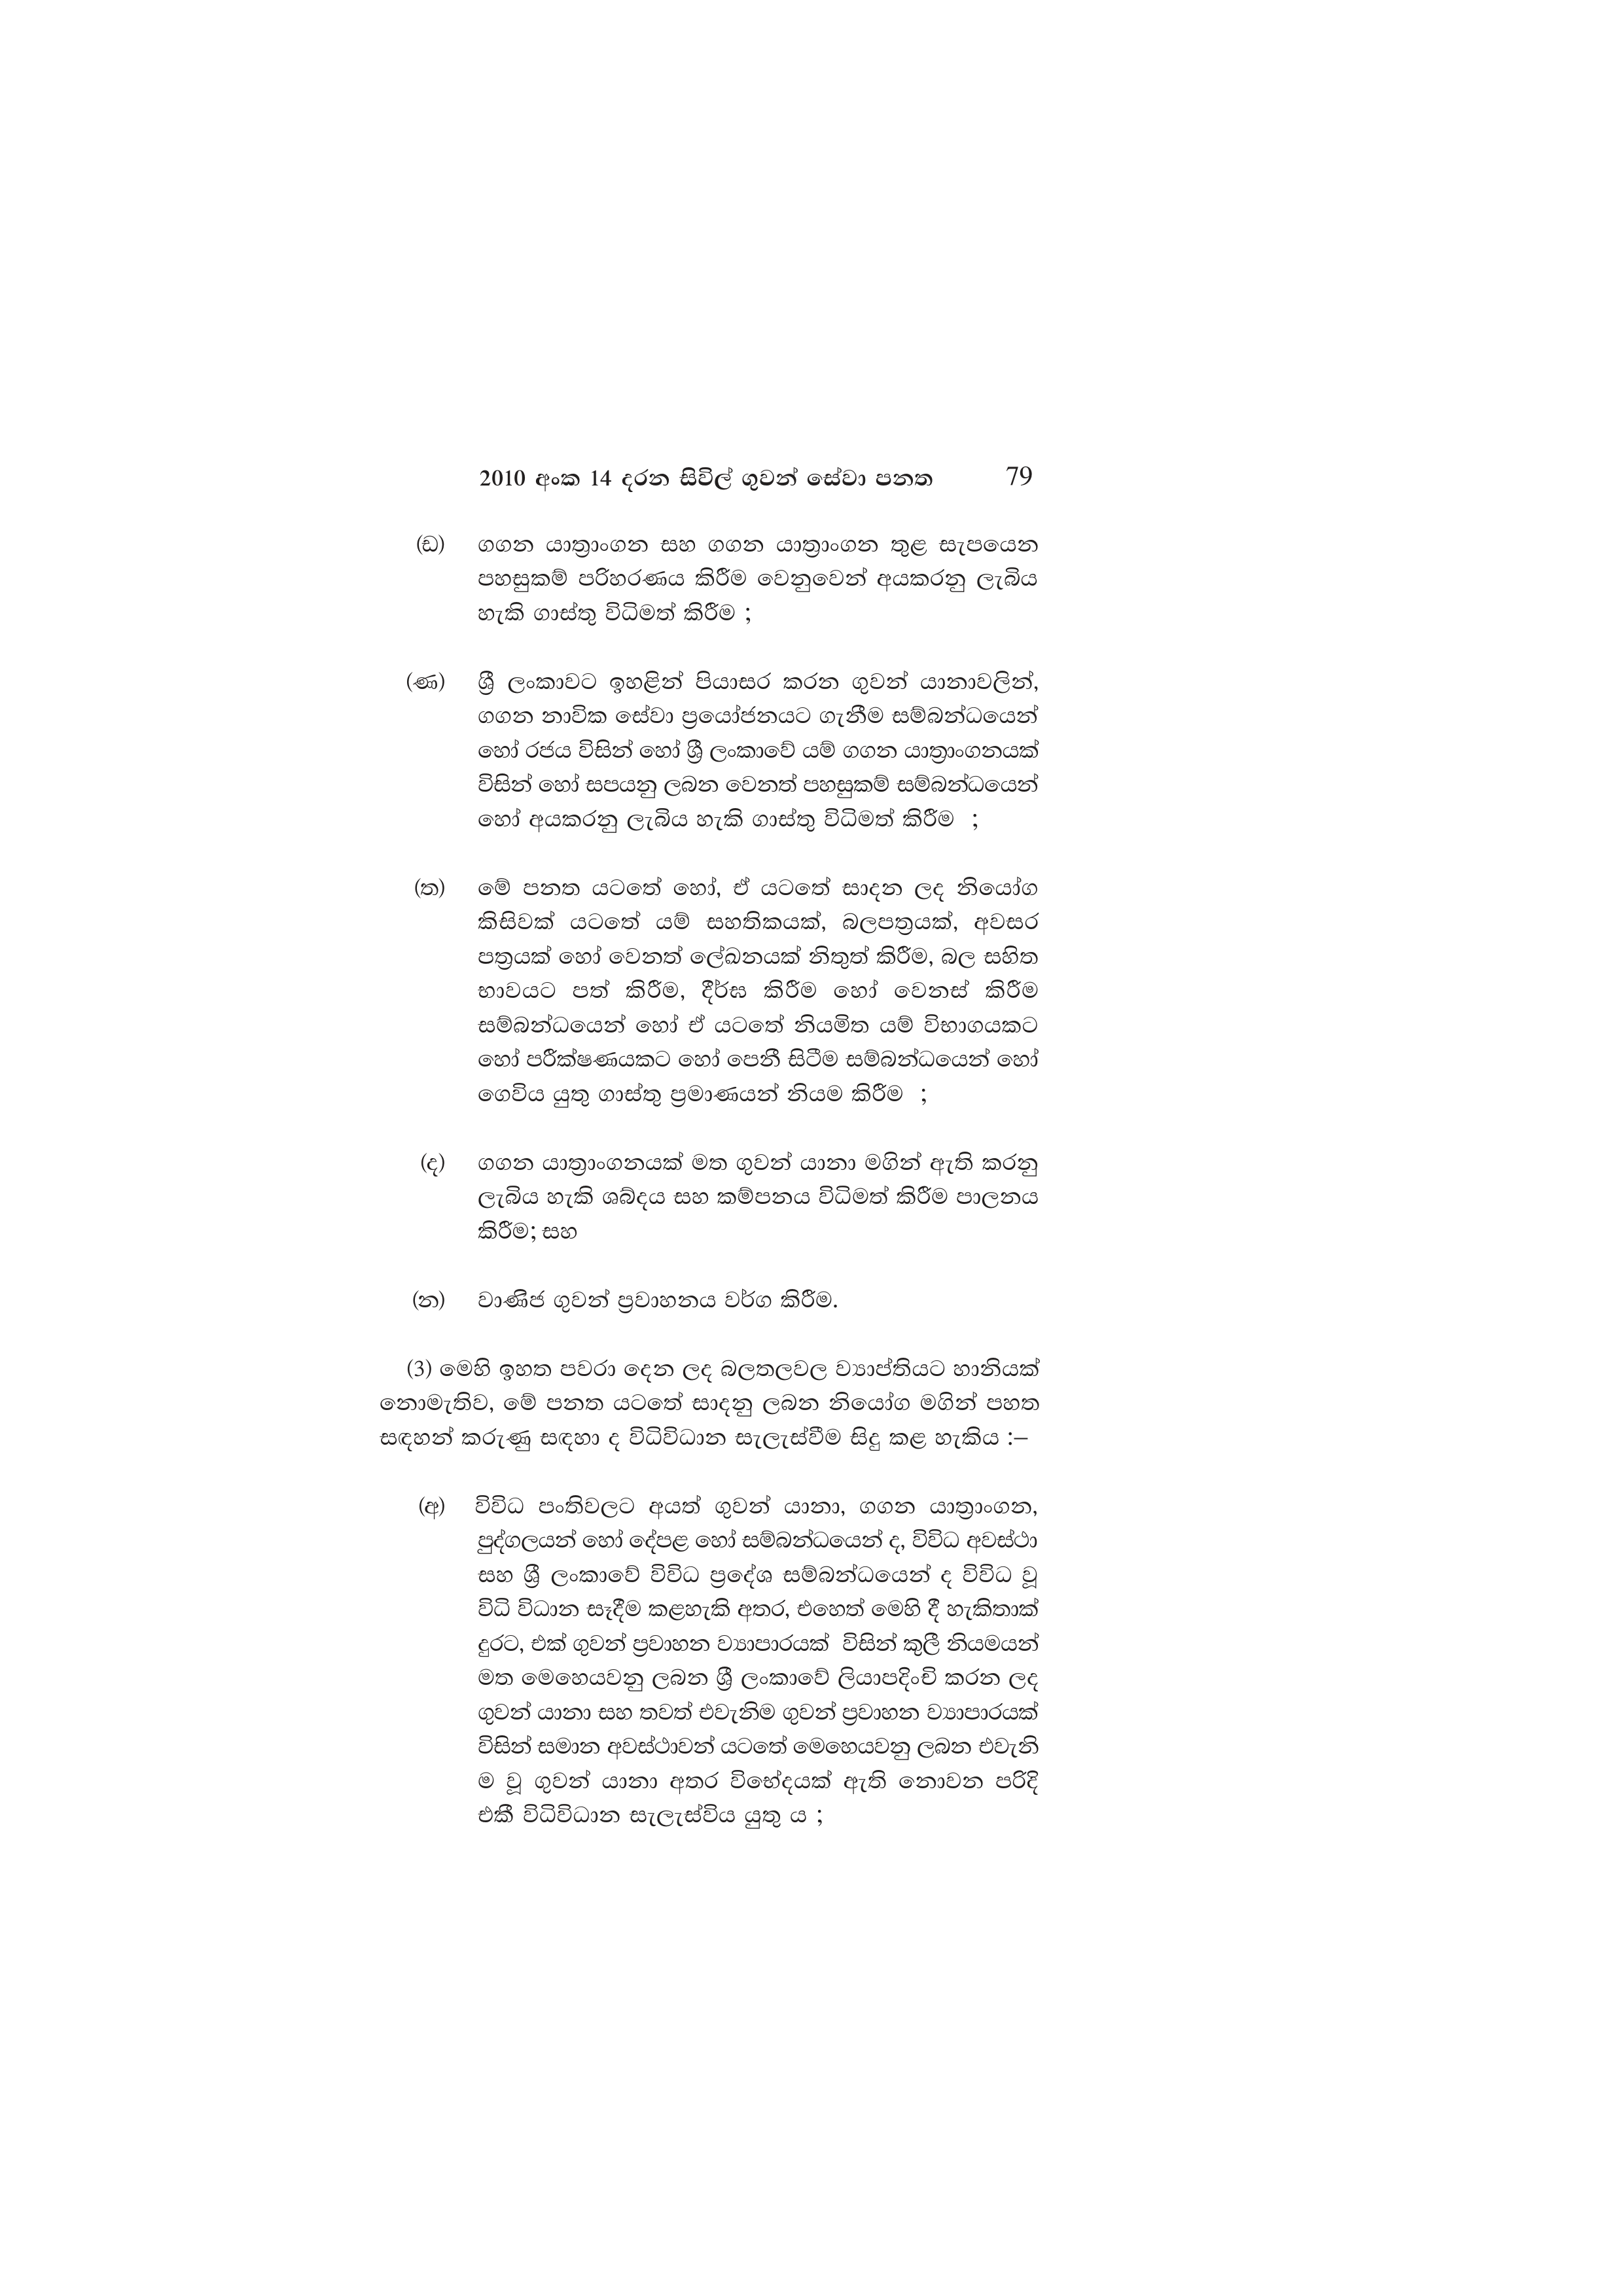
2010 අංක 14 දරන සිවිල් ගුවන් සේවා පනත  79

(ඩ) ගගන යාත්‍රාංගන සහ ගගන යාත්‍රාංගන තුළ සැපයෙන
පහසුකම් පරිහරණය කිරීම වෙනුවෙන් අයකරනු ලැබිය
හැකි ගාස්තු විධිමත් කිරීම ;

(ණ) ශ්‍රී ලංකාවට ඉහළින් පියාසර කරන ගුවන් යානාවලින්,
ගගන නාවික සේවා ප්‍රයෝජනයට ගැනීම සම්බන්ධයෙන්
හෝ රජය විසින් හෝ ශ්‍රී ලංකාවේ යම් ගගන යාත්‍රාංගනයක්
විසින් හෝ සපයනු ලබන වෙනත් පහසුකම් සම්බන්ධයෙන්
හෝ අයකරනු ලැබිය හැකි ගාස්තු විධිමත් කිරීම ;

(ත) මේ පනත යටතේ හෝ, ඒ යටතේ සාදන ලද නියෝග
කිසිවක් යටතේ යම් සහතිකයක්, බලපත්‍රයක්, අවසර
පත්‍රයක් හෝ වෙනත් ලේඛනයක් නිතුත් කිරීම, බල සහිත
භාවයට පත් කිරීම, දීර්ඝ කිරීම හෝ වෙනස් කිරීම
සම්බන්ධයෙන් හෝ ඒ යටතේ නියමිත යම් විභාගයකට
හෝ පරීක්ෂණයකට හෝ පෙනී සිටීම සම්බන්ධයෙන් හෝ
ගෙවිය යුතු ගාස්තු ප්‍රමාණයන් නියම කිරීම ;

(ද)ගගන යාත්‍රාංගනයක් මත ගුවන් යානා මගින් ඇති කරනු
ලැබිය හැකි ශබ්දය සහ කම්පනය විධිමත් කිරීම පාලනය
කිරීම; සහ

(න) වාණිජ ගුවන් ප්‍රවාහනය වර්ග කිරීම.

(3) මෙහි ඉහත පවරා දෙන ලද බලතලවල ව්‍යාප්තියට හානියක්
නොමැතිව, මේ පනත යටතේ සාදනු ලබන නියෝග මගින් පහත
සඳහන් කරුණු සඳහා ද විධිවිධාන සැලැස්වීම සිදු කළ හැකිය :—

(අ) විවිධ පංතිවලට අයත් ගුවන් යානා, ගගන යාත්‍රාංගන,
පුද්ගලයන් හෝ දේපළ හෝ සම්බන්ධයෙන් ද, විවිධ අවස්ථා
සහ ශ්‍රී ලංකාවේ විවිධ ප්‍රදේශ සම්බන්ධයෙන් ද විවිධ වූ
විධි විධාන සෑදීම කළහැකි අතර, එහෙත් මෙහි දී හැකිතාක්
දුරට, එක් ගුවන් ප්‍රවාහන ව්‍යාපාරයක් විසින් කුලී නියමයන්
මත මෙහෙයවනු ලබන ශ්‍රී ලංකාවේ ලියාපදිංචි කරන ලද
ගුවන් යානා සහ තවත් එවැනිම ගුවන් ප්‍රවාහන ව්‍යාපාරයක්
විසින් සමාන අවස්ථාවන් යටතේ මෙහෙයවනු ලබන එවැනි
ම වූ ගුවන් යානා අතර විභේදයක් ඇති නොවන පරිදි
එකී විධිවිධාන සැලැස්විය යුතු ය ;